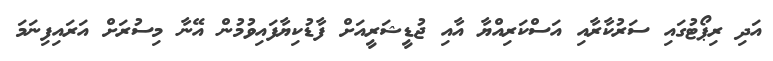
އަދި ރިޕޯޓުގައި ސަރުކާރާއި އަސްކަރިއްޔާ އާއި ޖުޑީޝަރީއަށް ފާޑުކިޔާފައިވުމުން އޭނާ މިސުރަށް އަރައިފިނަމަ